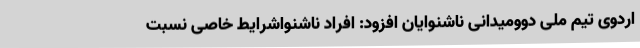
اردوی تیم ملی دوومیدانی ناشنوایان افزود: افراد ناشنواشرایط خاصی نسبت